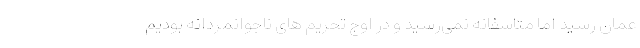
عمان رسید اما متاسفانه نمی‌رسید و در اوج تحریم های ناجوانمردانه بودیم